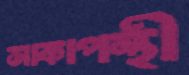
সাকাপন্থী